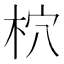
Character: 柼